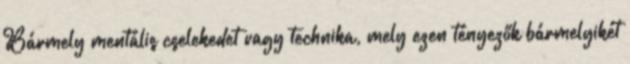
Bármely mentális cselekedet vagy technika, mely ezen tényezők bármelyikét